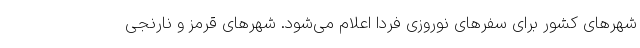
شهرهای کشور برای سفرهای نوروزی فردا اعلام می‌شود. شهرهای قرمز و نارنجی